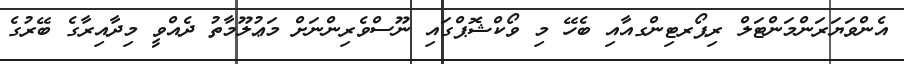
އެންވަޔަރަންމަންޓަލް ރިޕޯރޓިންގއާއި ބެހޭ މި ވޯކްޝޮޕްގައި ނޫސްވެރިންނަށް މަޢުލޫމާތު ދެއްވީ މިދާއިރާގެ ބޭރުގެ